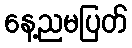
နေ့ညမပြတ်